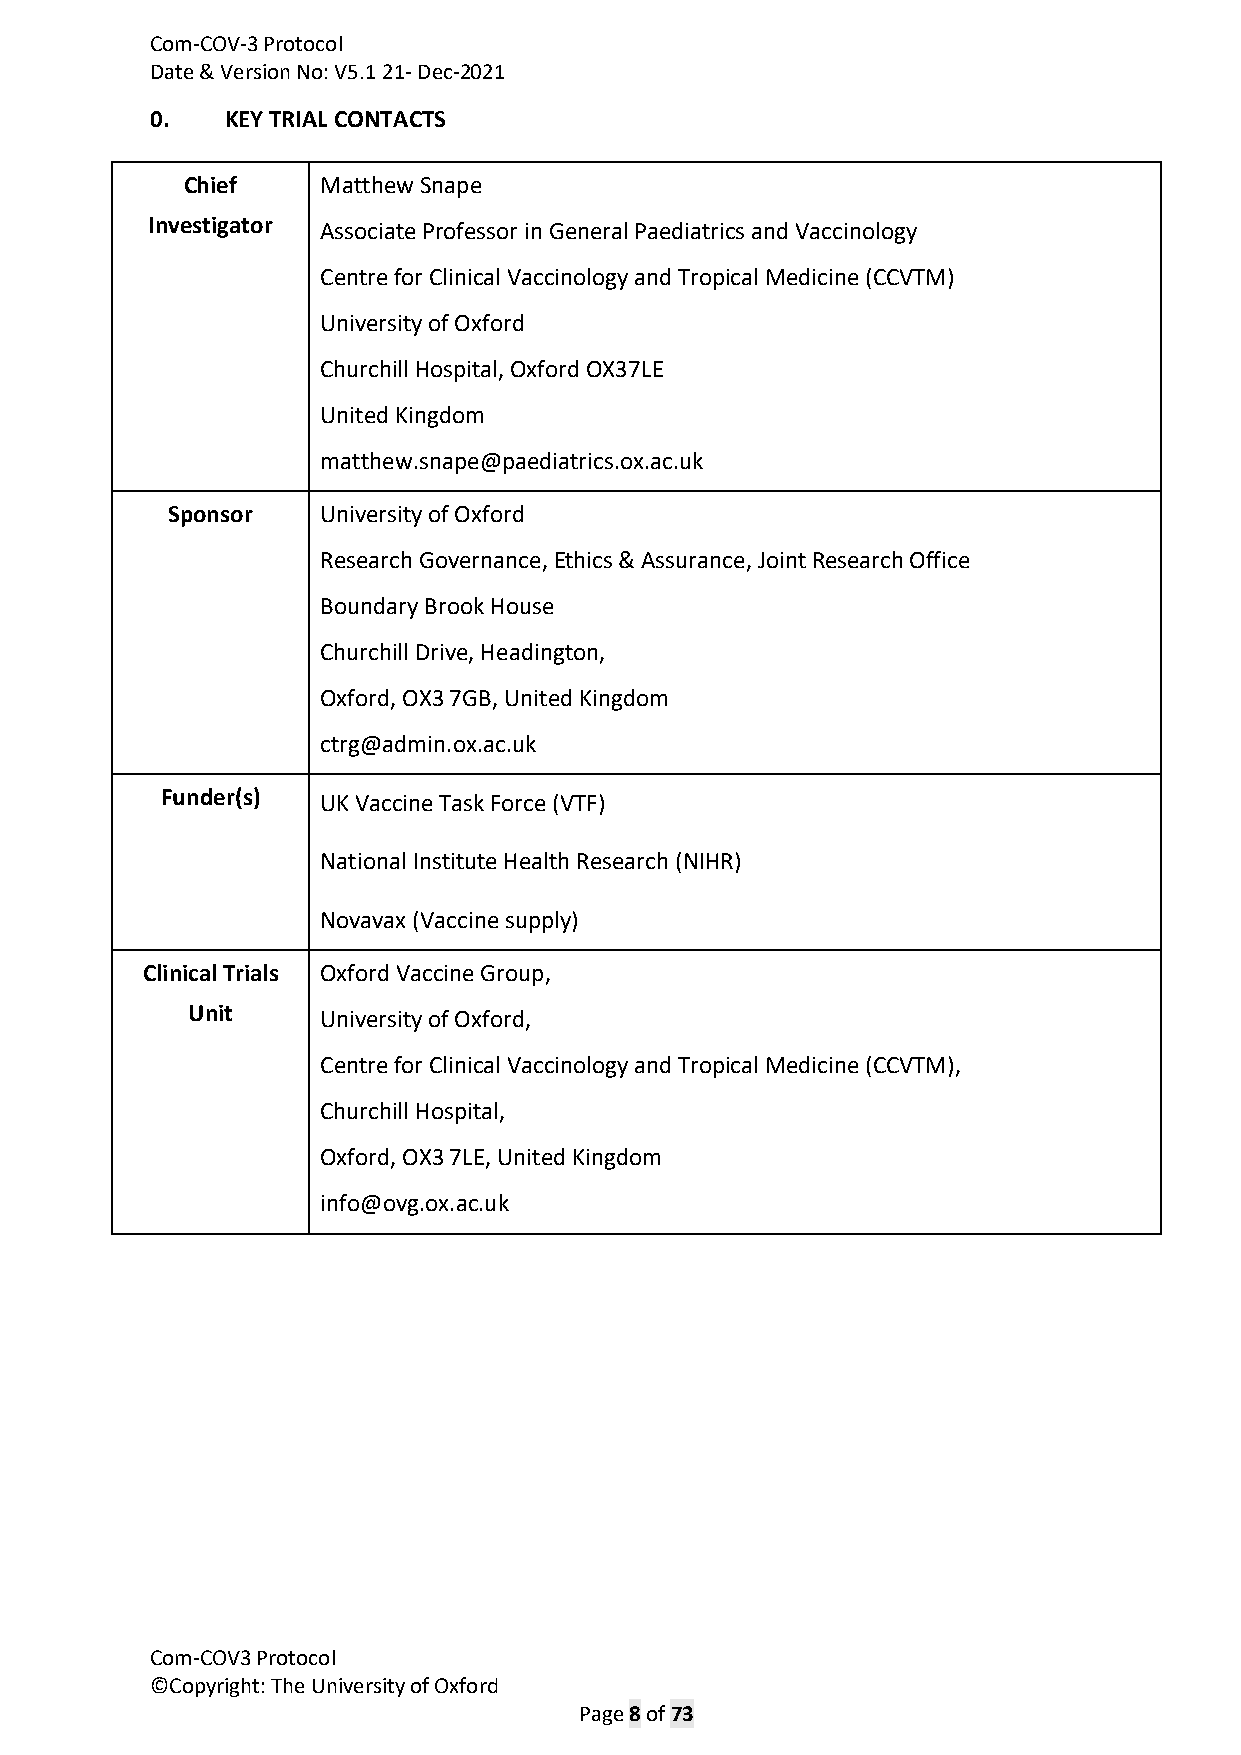
Com-COV-3 Protocol
 Date & Version No: V5.1 21- Dec-2021
 0.   KEY TRIAL CONTACTS
 Chief    Matthew Snape
 Investigator Associate Professor in General Paediatrics and Vaccinology
 Centre for Clinical Vaccinology and Tropical Medicine (CCVTM)
 University of Oxford
 Churchill Hospital, Oxford OX37LE
 United Kingdom
 matthew.snape@paediatrics.ox.ac.uk
 Sponsor   University of Oxford
 Research Governance, Ethics & Assurance, Joint Research Office
 Boundary Brook House
 Churchill Drive, Headington,
 Oxford, OX3 7GB, United Kingdom
 ctrg@admin.ox.ac.uk
 Funder(s) UK Vaccine Task Force (VTF)
 National Institute Health Research (NIHR)
 Novavax (Vaccine supply)
 Clinical Trials Oxford Vaccine Group,
 Unit     University of Oxford,
 Centre for Clinical Vaccinology and Tropical Medicine (CCVTM),
 Churchill Hospital,
 Oxford, OX3 7LE, United Kingdom
 info@ovg.ox.ac.uk
 Com-COV3 Protocol
 ©Copyright: The University of Oxford
 Page 8 of 73